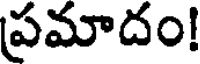
ప్రమాదం!